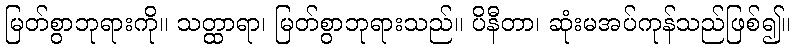
မြတ်စွာဘုရားကို။ သတ္ထာရာ၊ မြတ်စွာဘုရားသည်။ ပိနီတာ၊ ဆုံးမအပ်ကုန်သည်ဖြစ်၍။